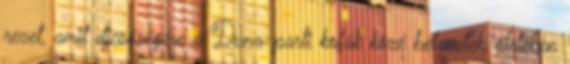
rezet, amit dicsőségére a Duna-parti kofák közé helyeztek, életében